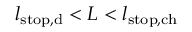
l _ { \mathrm { s t o p , d } } < L < l _ { \mathrm { s t o p , c h } }